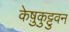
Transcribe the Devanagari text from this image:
केष़ुकुट्टुवन